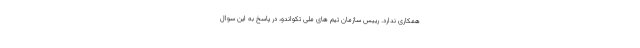
همکاری ندارد. رییس سازمان تیم های ملی تکواندو، در پاسخ به این سوال